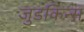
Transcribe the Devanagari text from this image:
जुडकिन्स